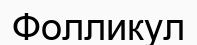
Фолликул